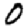
Digit: 0